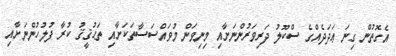
އެގޮތުން ގިނަ ޢަދަދެއްގެ ސްކޫލު ދަރިވަރުންނަށާއި މިނިވަން މުވައްސަސާތަކަށާއި ތަޙުޤީޤު ކުރާ ފުލުހުންނަށާއި